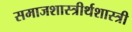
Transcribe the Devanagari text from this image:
समाजशास्त्रीर्थशास्त्री